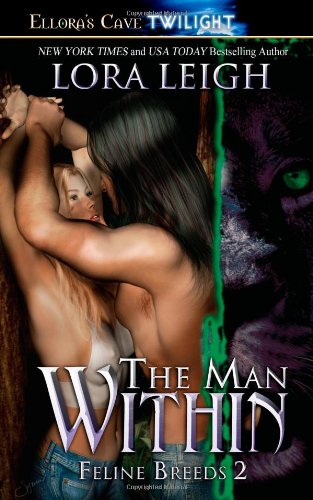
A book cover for The Man Within (Feline Breeds, Book 2); Lora Leigh; Science Fiction & Fantasy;